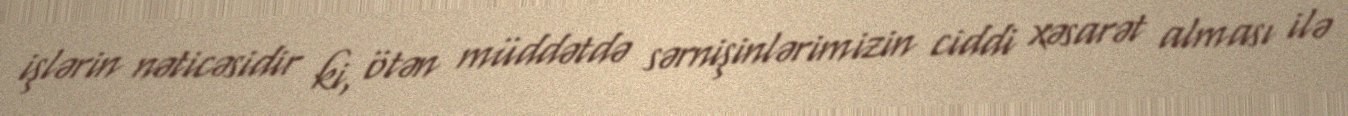
işlərin nəticəsidir ki, ötən müddətdə sərnişinlərimizin ciddi xəsarət alması ilə